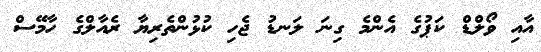
އާއި ވޯލްޑް ކަޕުގެ އެންމެ ގިނަ ލަނޑު ޖެހި ކުޅުންތެރިޔާ ރެއާލްގެ ހާމޭސް